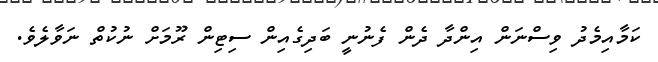
ކަމާއިމެދު ވިސްނަން އިންދާ ދެން ފެނުނީ ބަދިގެއިން ސިޓިން ރޫމަށް ނުކުތް ނަވާލެވެ.